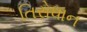
તિરોધાન